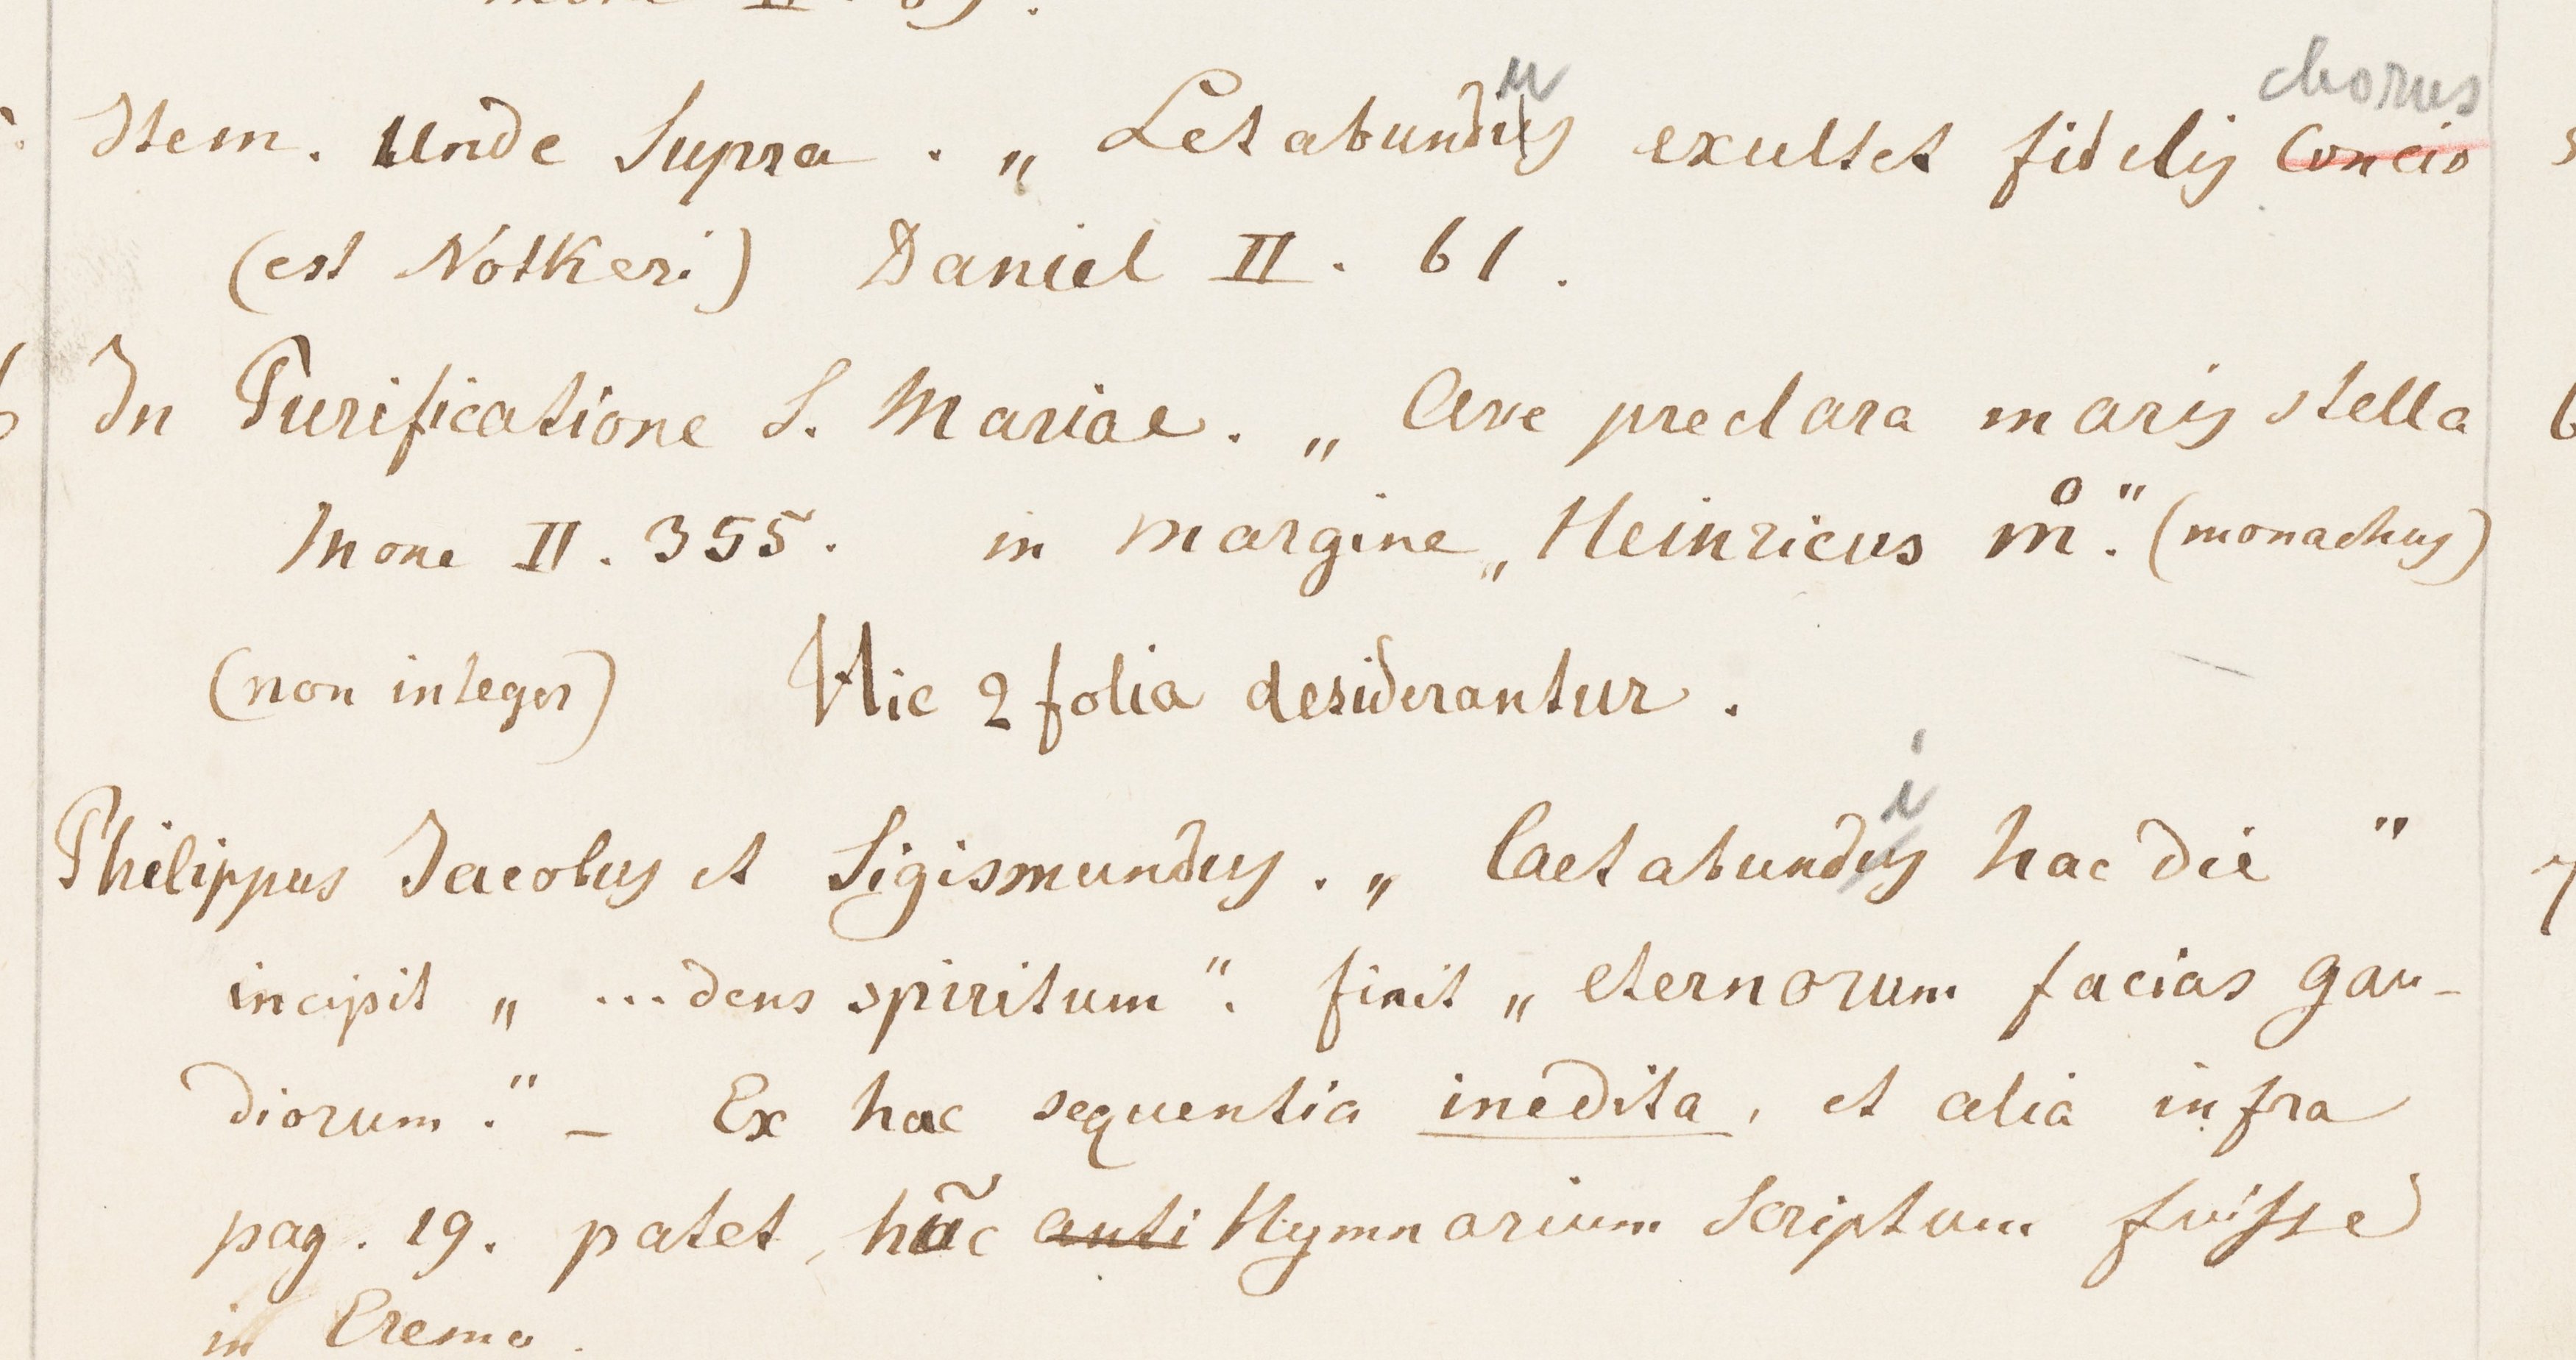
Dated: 1000–1199